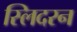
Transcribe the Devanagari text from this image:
स्लिदरन